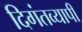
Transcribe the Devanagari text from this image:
दिगंतव्यापी